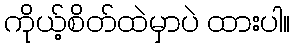
ကိုယ့်စိတ်ထဲမှာပဲ ထားပါ။